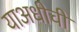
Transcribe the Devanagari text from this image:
याअधीची